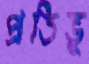
প্রতিভু